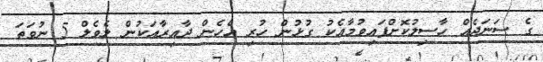
ގެ ސަނަދެއް ހާސިލުކޮށްފައިވުމާއެކު ގުޅުން ހުރި އެހެން ދާއިރާއަކުން ލެވެލް 5 ނުވަތަ